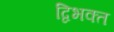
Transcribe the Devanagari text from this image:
द्विभक्त